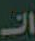
الـ